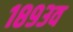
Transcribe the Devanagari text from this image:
१८९३व